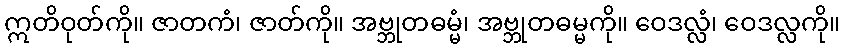
ဣတိဝုတ်ကို။ ဇာတကံ၊ ဇာတ်ကို။ အဗ္ဘုတဓမ္မံ၊ အဗ္ဘုတဓမ္မကို။ ဝေဒလ္လံ၊ ဝေဒလ္လကို။